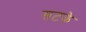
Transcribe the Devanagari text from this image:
सटके